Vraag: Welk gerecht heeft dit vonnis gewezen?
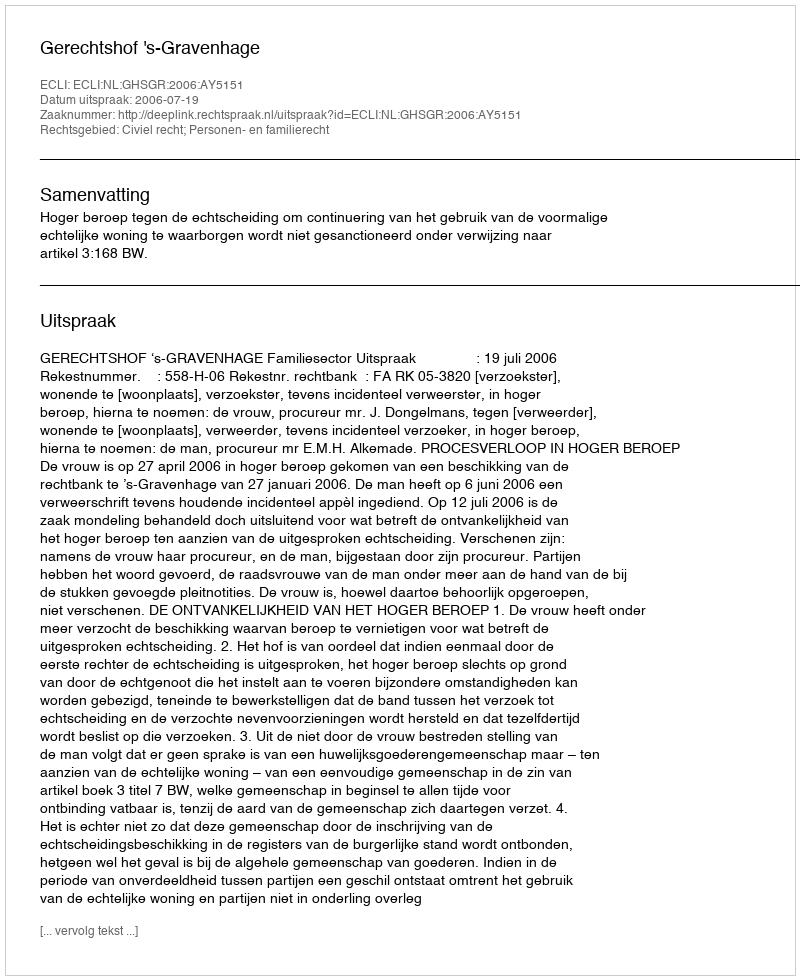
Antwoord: Gerechtshof 's-Gravenhage